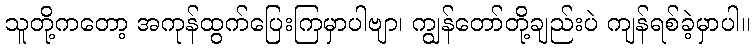
သူတို့ကတော့ အကုန်ထွက်ပြေးကြမှာပါဗျာ၊ ကျွန်တော်တို့ချည်းပဲ ကျန်ရစ်ခဲ့မှာပါ။